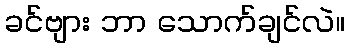
ခင်ဗျား ဘာ သောက်ချင်လဲ။